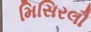
મિસિરલૌ